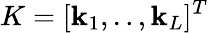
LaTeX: K=[\mathbf{k}_{1},..,\mathbf{k}_{L}]^{T}